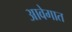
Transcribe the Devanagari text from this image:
आवेगात